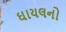
ઘાયલનો